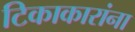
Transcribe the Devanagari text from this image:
टिकाकारांना